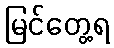
မြင်တွေ့ရ